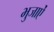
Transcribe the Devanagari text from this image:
भुजाऐं